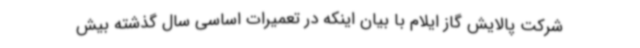
شرکت پالایش گاز ایلام با بیان اینکه در تعمیرات اساسی سال گذشته بیش